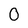
Character: 0